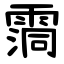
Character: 霘